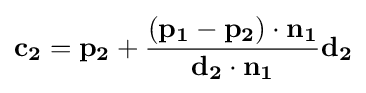
\mathbf {c_{2}} =\mathbf {p_{2}} +{\frac {(\mathbf {p_{1}} -\mathbf {p_{2}} )\cdot \mathbf {n_{1}} }{\mathbf {d_{2}} \cdot \mathbf {n_{1}} }}\mathbf {d_{2}}